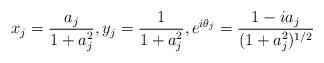
LaTeX: \begin{align*} x_j=\frac{a_j}{1+a_j^2},y_j=\frac1{1+a_j^2},e^{i\theta_j}=\frac{1-ia_j}{(1+a_j^2)^{1/2}}\end{align*}